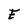
Character: E